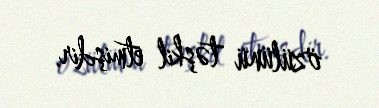
özülünü təşkil etmişdir.